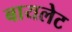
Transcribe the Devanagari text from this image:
बायलेट